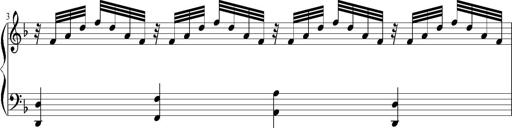
Title: 12 Sonatinas for Piano
Composer: Johann Baptist Vanhal